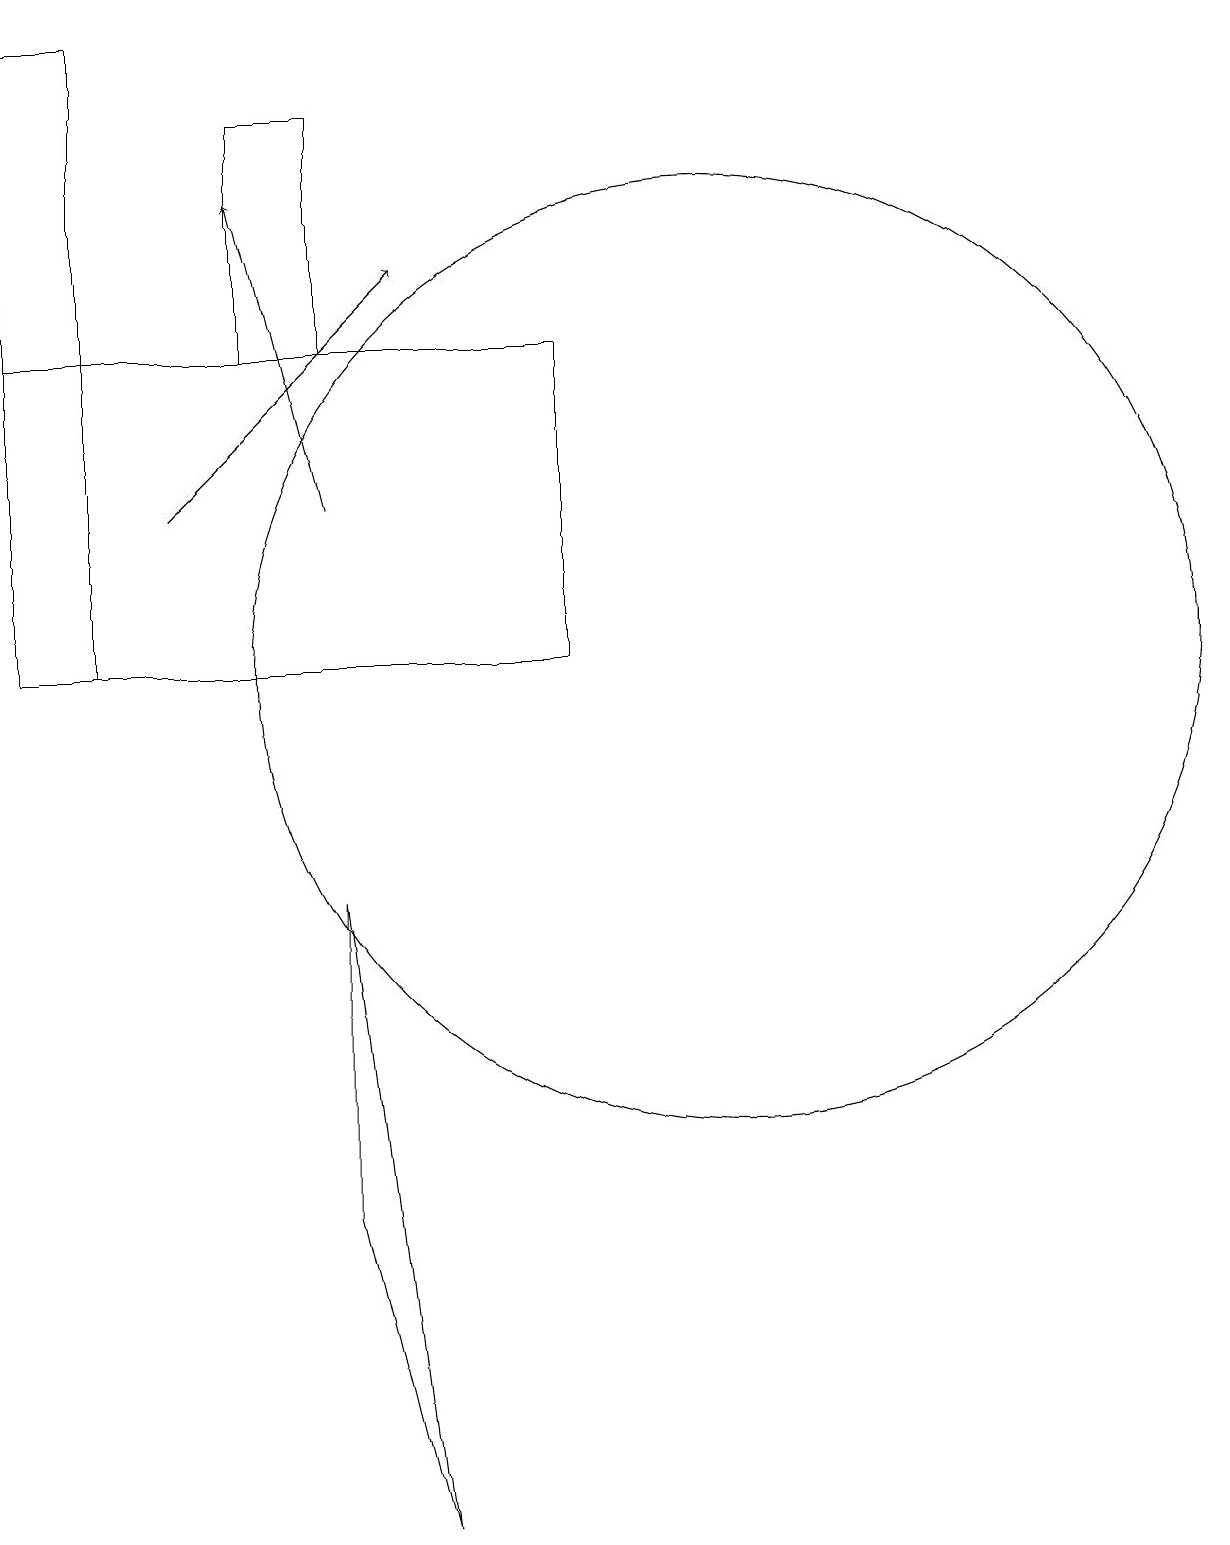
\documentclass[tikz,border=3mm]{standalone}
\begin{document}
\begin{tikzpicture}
\draw[->] (3,13) -- (6,16);
\draw (5,15) rectangle (4,18);
\draw (1,15) rectangle (8,11);
\draw (10,11) circle (6);
\draw (2,19) rectangle (1,11);
\draw[->] (5,13) -- (4,17);
\draw (5,4) -- (6,0) -- (5,8) -- cycle;
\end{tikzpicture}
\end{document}